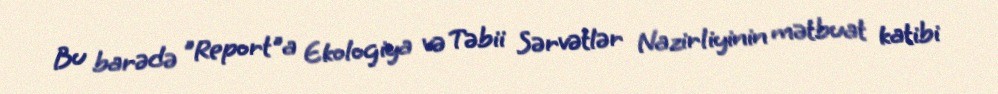
Bu barədə "Report"a Ekologiya və Təbii Sərvətlər Nazirliyinin mətbuat katibi